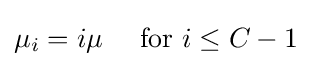
\mu _{i}=i\mu \quad {\text{ for }}i\leq C-1